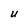
Character: U